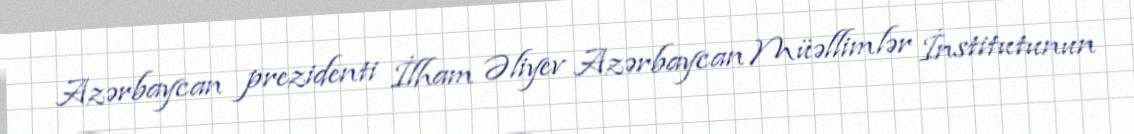
Azərbaycan prezidenti İlham Əliyev Azərbaycan Müəllimlər İnstitutunun